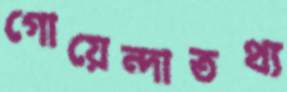
গোয়েন্দাতথ্য